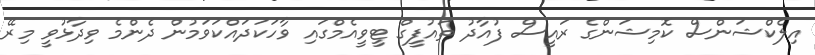
އިލެކްޝަންސް ކޮމިޝަންގެ ރައީސް ފުއާދު ތައުފީގް ޓީވީއެމްގައި ވާހަކަދައްކަވަމުން ދެންމެ ވިދާޅުވީ މިރޭ